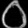
Digit: ၀